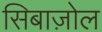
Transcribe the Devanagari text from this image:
सिबाज़ोल